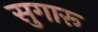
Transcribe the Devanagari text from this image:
सुगारू